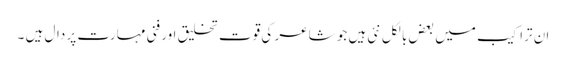
ان تراکیب میں بعض بالکل نئی ہیں جو شاعر کی قوت تخلیق اور فنی مہارت پر دال ہیں ۔